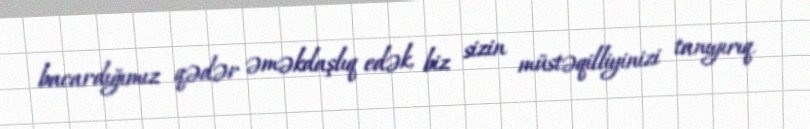
bacardığımız qədər əməkdaşlıq edək, biz sizin müstəqilliyinizi tanıyırıq.